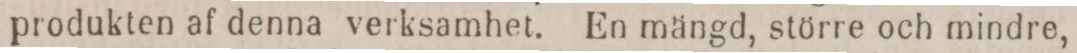
produkten af denna verksamhet. En mängd, större och mindre,